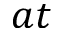
a t